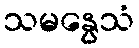
သမနွေသံ